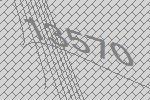
13570